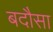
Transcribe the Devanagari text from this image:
बदौसा